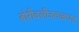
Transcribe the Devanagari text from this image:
बोरीवलीजवळच्या